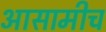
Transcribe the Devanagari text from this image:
आसामीच